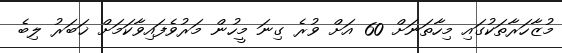
މުޒާހަރާތަކުގައި މިހާތަނަށް 60 އަށް ވުރެ ގިނަ މީހުން މަރުވެފައިވާކަމަށް ޚަބަރު ލިބެ